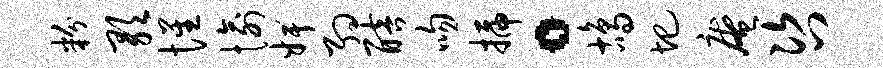
粉歌惺愉婢约醅吻插。鸪圯庵咨